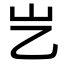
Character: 𡴯